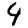
Digit: 4